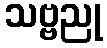
သဗ္ဗညု